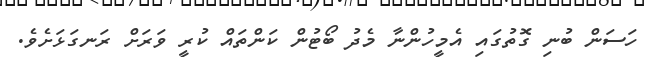
ހަސަން ބުނި ގޮތުގައި އެމީހުންނާ މެދު ބޯޓުން ކަންތައް ކުރީ ވަރަށް ރަނގަޅަށެވެ.